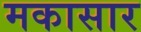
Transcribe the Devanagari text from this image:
मकासार